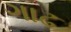
ગાઢ